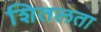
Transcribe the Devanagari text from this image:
शितलता